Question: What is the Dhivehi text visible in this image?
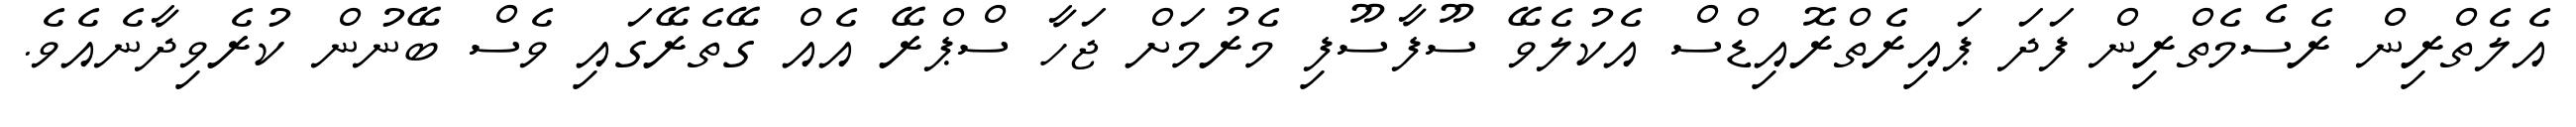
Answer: އެލެތްރިން ރެސެމެތްރިން ފަދަ ޕައިރެތްރޮއިޑްސް އެކުލެވޭ ސޫފާސޫފި މެރުމަށް ޖަހާ ސްޕްރޭ އެއް ގޭތެރޭގައި ވެސް ބޭނުން ކުރެވިދާނެއެވެ.